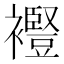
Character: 𧞫